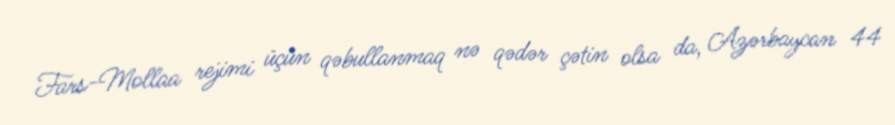
Fars-Mollaa rejimi üçün qəbullanmaq nə qədər çətin olsa da, Azərbaycan 44